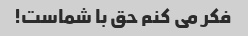
فکر می کنم حق با شماست!